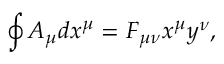
\oint A _ { \mu } d x ^ { \mu } = F _ { \mu \nu } x ^ { \mu } y ^ { \nu } ,